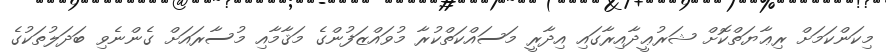
މިކަންކަމަށް ރިޢާޔަތްކޮށް ޝަރުޢީދާއިރާގައި އިދާރީ މަސައްކަތްކުރާ މުވައްޒަފުންގެ މަޤާމާއި މުސާރައަށް ގެންނެވި ބަދަލުތަކުގެ